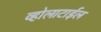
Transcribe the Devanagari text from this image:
व्होलाटाईल